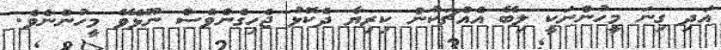
އަދި ގިނަ މީހުންނަކީ ލިބޭ އެއްޗަކުން ކިރިޔާ ދެކޮޅު ޖެހިގެންވެސް ނޫޅެވޭ މީހުންނެވެ.